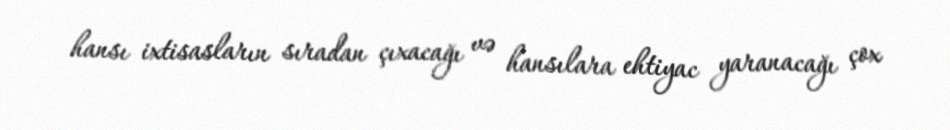
hansı ixtisasların sıradan çıxacağı və hansılara ehtiyac yaranacağı çox